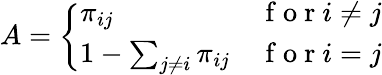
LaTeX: A=\left\{ \begin{array}{ll}{\pi_{ij}}&{\mathrm{~f~o~r~}i\neq j}\\ {1-\sum_{j\neq i}\pi_{ij}}&{\mathrm{~f~o~r~}i=j}\end{array}\right.